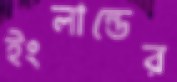
ইংলান্ডের